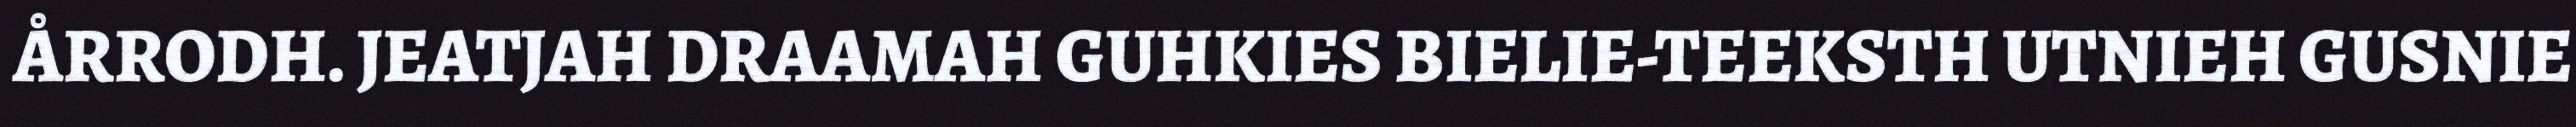
ÅRRODH. JEATJAH DRAAMAH GUHKIES BIELIE-TEEKSTH UTNIEH GUSNIE